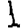
Digit: 1